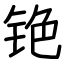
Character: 铯